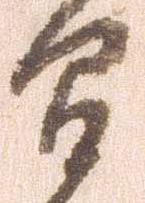
間